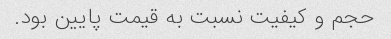
حجم و کیفیت نسبت به قیمت پایین بود.